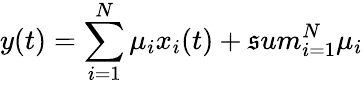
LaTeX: y(t)=\sum_{i=1}^{N}\mu_{i}x_{i}(t)+\mathfrak{s}um_{i=1}^{N}\mu_{i}